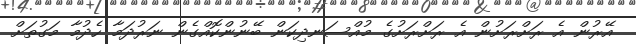
އޭރުން އެ ރަށްރަށުން އެ ރަށްރަށުގެ މުއްސަނދިކަން ބޭނުންކޮއްގެން ނަރުދަމާ ހެދުމާ މަގުތަށް